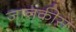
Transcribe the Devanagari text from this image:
जानकीस